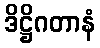
ဒိဋ္ဌိဂတာနံ